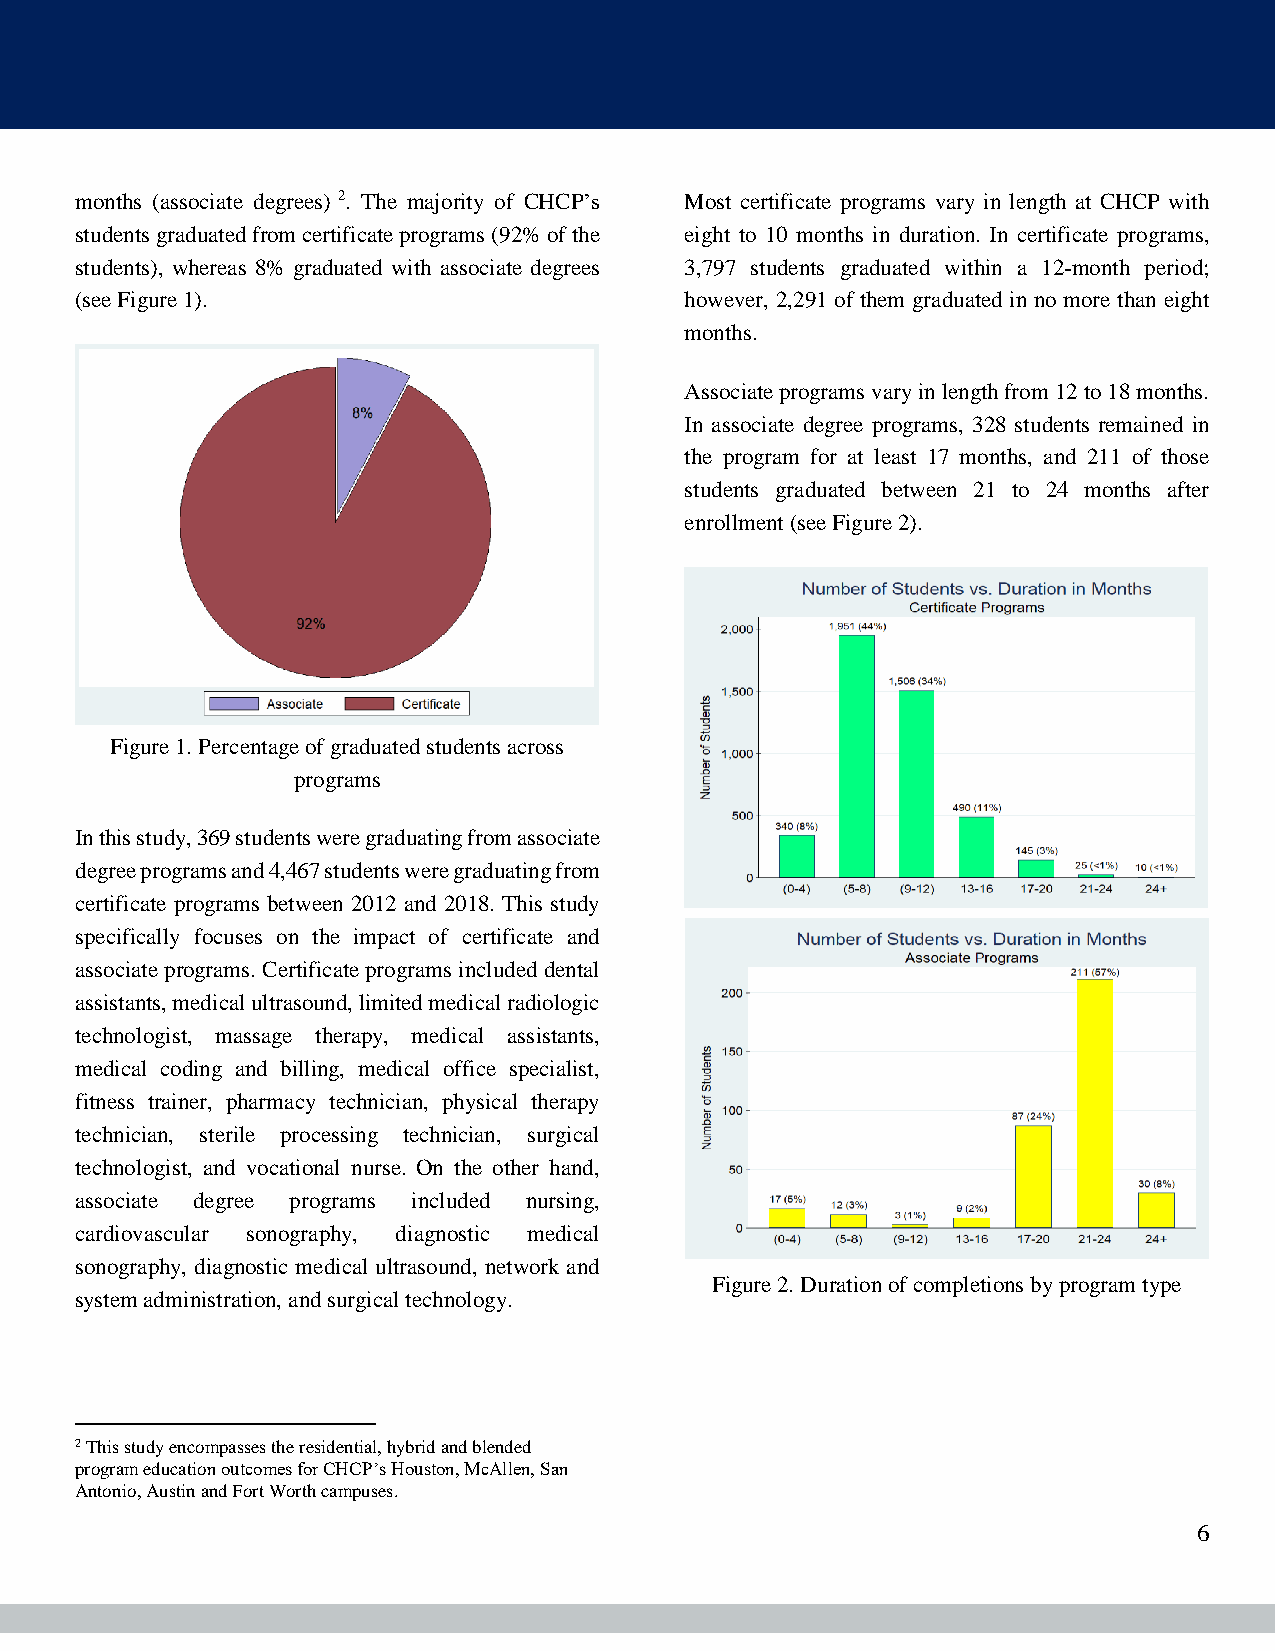
months (associate degrees) 2. The majority of CHCP’s Most certificate programs vary in length at CHCP with
 students graduated from certificate programs (92% of the eight to 10 months in duration. In certificate programs,
 students), whereas 8% graduated with associate degrees 3,797 students graduated within a 12-month period;
 (see Figure 1).                         however, 2,291 of them graduated in no more than eight
 months.
 Associate programs vary in length from 12 to 18 months.
 In associate degree programs, 328 students remained in
 the program for at least 17 months, and 211 of those
 students graduated between 21 to 24 months after
 enrollment (see Figure 2).
 Figure 1. Percentage of graduated students across
 programs
 In this study, 369 students were graduating from associate
 degree programs and 4,467 students were graduating from
 certificate programs between 2012 and 2018. This study
 specifically focuses on the impact of certificate and
 associate programs. Certificate programs included dental
 assistants, medical ultrasound, limited medical radiologic
 technologist, massage therapy, medical assistants,
 medical coding and billing, medical office specialist,
 fitness trainer, pharmacy technician, physical therapy
 technician, sterile processing technician, surgical
 technologist, and vocational nurse. On the other hand,
 associate degree programs included nursing,
 cardiovascular sonography, diagnostic medical
 sonography, diagnostic medical ultrasound, network and
 Figure 2. Duration of completions by program type
 system administration, and surgical technology.
 2 This study encompasses the residential, hybrid and blended
 program education outcomes for CHCP’s Houston, McAllen, San
 Antonio, Austin and Fort Worth campuses.
 6